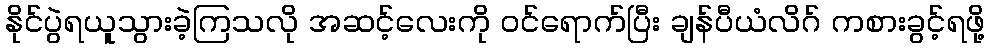
နိုင်ပွဲရယူသွားခဲ့ကြသလို အဆင့်လေးကို ဝင်ရောက်ပြီး ချန်ပီယံလိဂ် ကစားခွင့်ရဖို့